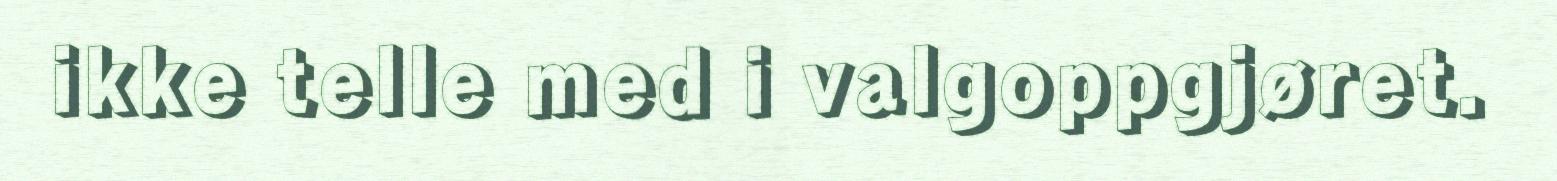
ikke telle med i valgoppgjøret.